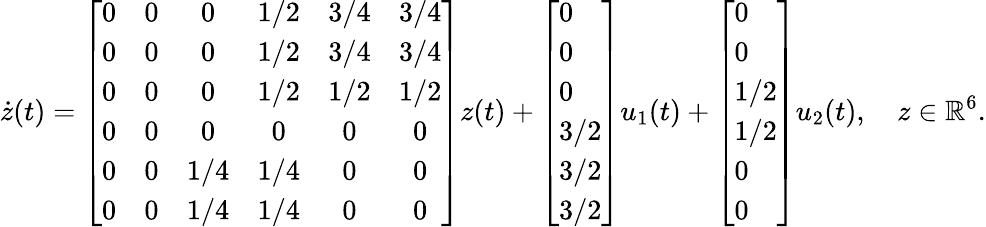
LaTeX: \dot{z}(t)=\left[\begin{array}{cccccc}{0}&{0}&{0}&{1/2}&{3/4}&{3/4}\\ {0}&{0}&{0}&{1/2}&{3/4}&{3/4}\\ {0}&{0}&{0}&{1/2}&{1/2}&{1/2}\\ {0}&{0}&{0}&{0}&{0}&{0}\\ {0}&{0}&{1/4}&{1/4}&{0}&{0}\\ {0}&{0}&{1/4}&{1/4}&{0}&{0}\end{array}\right]z(t)+\left[\begin{array}{l}{0}\\ {0}\\ {0}\\ {3/2}\\ {3/2}\\ {3/2}\end{array}\right]u_{1}(t)+\left[\begin{array}{l}{0}\\ {0}\\ {1/2}\\ {1/2}\\ {0}\\ {0}\end{array}\right]u_{2}(t),\quad z\in\mathbb{R}^{6}.